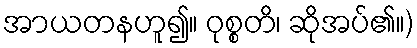
အာယတနဟူ၍။ ဝုစ္စတိ၊ ဆိုအပ်၏။)